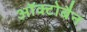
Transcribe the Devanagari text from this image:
ऑक्टोबैन